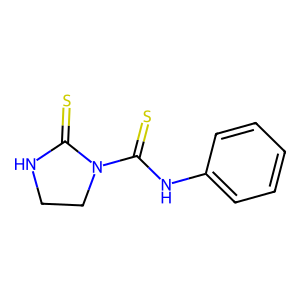
SMILES: S=C1NCCN1C(=S)Nc1ccccc1
Inhibits HIV replication: No